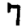
Digit: 7